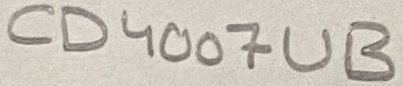
Text: CD4007UB